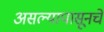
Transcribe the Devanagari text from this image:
असल्यापासूनचे